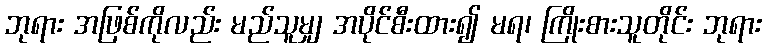
ဘုရား အဖြစ်ကိုလည်း မည်သူမျှ အပိုင်စီးထား၍ မရ၊ ကြိုးစားသူတိုင်း ဘုရား